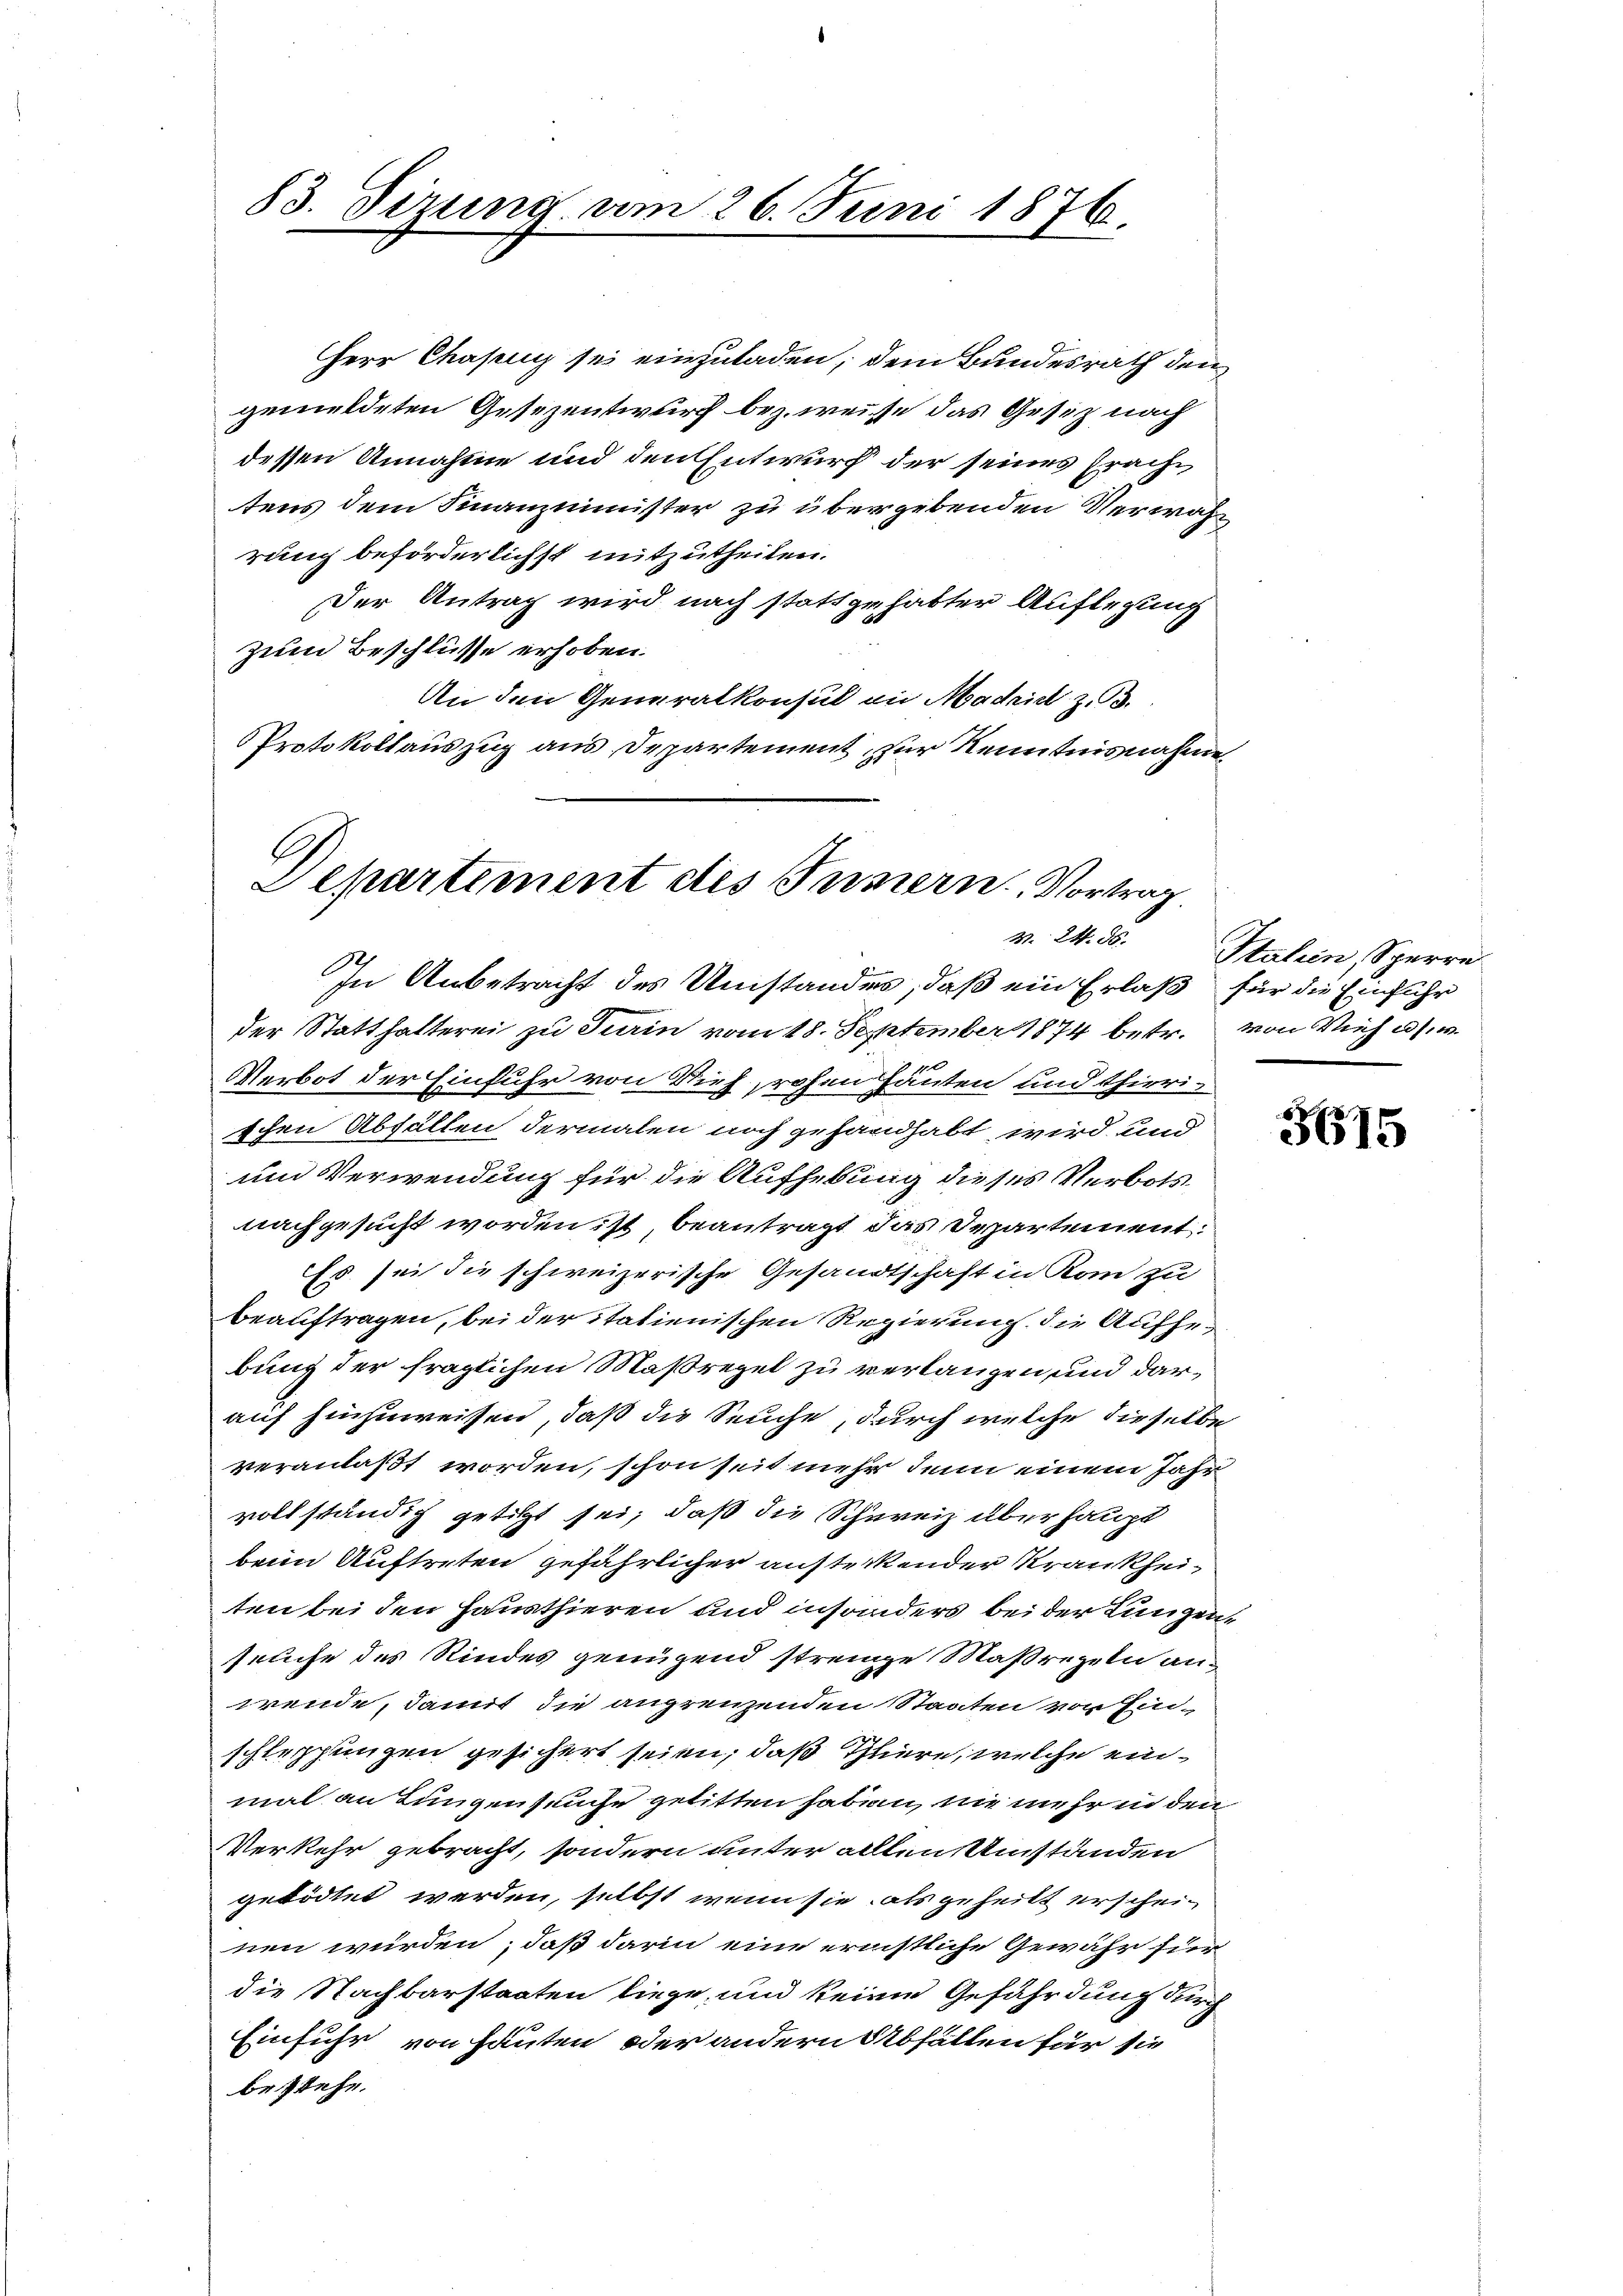
rung beförderlichst mitzutheilen.
zum Beschlüsse erhoben.
An den Generalkonsul an Madrid z. B.
Protokollauszug aus Departement zur Kenntnisnahme

83. Sizung am 26. Juni 1876.

Departement des Innern Vortrag
V. 24. 85.

Herr Chaseng sei einzuladen, dem Bundesrath den
gemeldeten Gesezentwurf bez. weise das Gesez nach
dessen Annahme und den Entwurf der seines Erache
tens dem Finanzminister zu übergebenden Verwah¬
Der Antrag wird nach stattgehabter Auflegung

In Anbetracht des Umstandes, daß ein Erlaß für die Einführ
der Statthalterei zu Turin vom 18. September 1874 betr. von Vieh u. v.
Verbot der Einfuhr von Vieh, rohen Häuten und Thierischen Abfällen dermalen noch gehandhabt wird und
und Verwendung für die Aufhebung dieses Verbots,
nachgesucht worden ist, beantragt das Departement
Es sei die schweizerische Gesandtschaft in Rom zu
beauftragen, bei der itatienischen Regierung die Aufhebung der fraglichen Maßregel zu verlangen und darauf hinzuweisen, daß die Seuche, durch welche dieselbe
veranlaßt worden, schon seit mehr denn einem Jahr
vollständig getilgt sei, daß die Schweiz überhaupt
beim Auftreten gefährlicher austeckender Krankheiten bei den Hausthieren und insonders bei der Lungen,
seuche des Kindes genügend streinge Maßregeln anwrende, damit die angrenzenden Staaten von Einschlesungen gesichert seien, daß Thliere, welche einmal an Lungenseuche gelitten haben, nie mehr in den
Verkehr gebracht, sondern unter allten Anständen
getödtet werden, selbst wenn sie als geheilt erscheinen würden, daß darin eine ernstliche Gewähr für
die Nachbarstaaten liege, und keine Gefährdung durch
Einfuhr von hauten oder andern Abfallen für sie
bestehe.

Italien, Sperre

i
5615